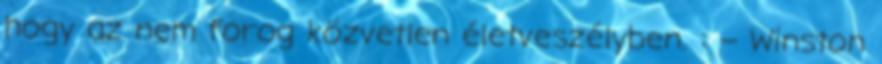
hogy az nem forog közvetlen életveszélyben. : – Winston